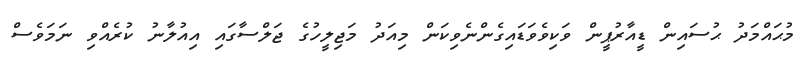
މުޙައްމަދު ޙުސައިން ޑީއާރުޕީން ވަކިވެވަޑައިގެންނެވިކަން މިއަދު މަޖިލީހުގެ ޖަލްސާގައި އިއުލާނު ކުރެއްވި ނަމަވެސް